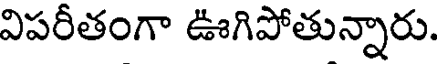
విపరీతంగా ఊగిపోతున్నారు.